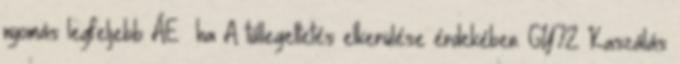
nyomás legfeljebb ÁE ha A túllegeltetés elkerülése érdekében. GY72 Kaszálás